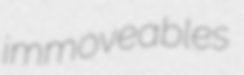
immoveables